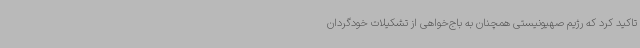
تاکید کرد که رژیم صهیونیستی همچنان به باج‌خواهی از تشکیلات خودگردان